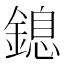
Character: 鎴